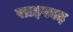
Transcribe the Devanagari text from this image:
साइफाइ